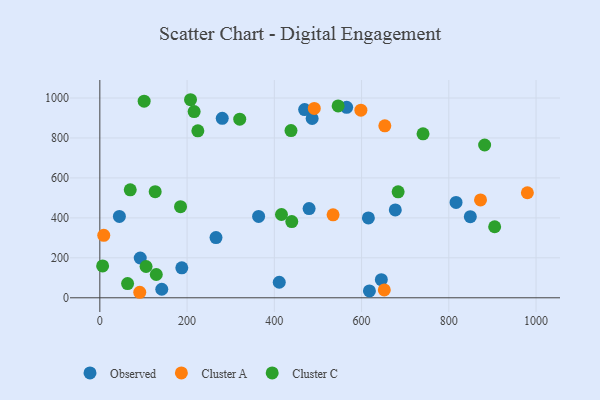
{"axis": {"x": "Experience", "y": "Profit"}, "legend": ["Cluster A", "Cluster C", "Observed"], "data": [{"x": "44.8", "y": 407.1, "type": "Observed"}, {"x": "645.3", "y": 90.5, "type": "Observed"}, {"x": "486.7", "y": 897.4, "type": "Observed"}, {"x": "469.5", "y": 942.2, "type": "Observed"}, {"x": "92.6", "y": 199.2, "type": "Observed"}, {"x": "266.3", "y": 301.3, "type": "Observed"}, {"x": "411.3", "y": 77.7, "type": "Observed"}, {"x": "565.8", "y": 953.4, "type": "Observed"}, {"x": "142.0", "y": 42.8, "type": "Observed"}, {"x": "479.7", "y": 446.5, "type": "Observed"}, {"x": "280.6", "y": 898.5, "type": "Observed"}, {"x": "849.3", "y": 406.1, "type": "Observed"}, {"x": "187.9", "y": 150.2, "type": "Observed"}, {"x": "816.6", "y": 477.2, "type": "Observed"}, {"x": "615.6", "y": 399.9, "type": "Observed"}, {"x": "677.3", "y": 439.6, "type": "Observed"}, {"x": "618.0", "y": 34.3, "type": "Observed"}, {"x": "364.0", "y": 407.4, "type": "Observed"}, {"x": "534.7", "y": 415.3, "type": "Cluster A"}, {"x": "980.1", "y": 525.7, "type": "Cluster A"}, {"x": "652.1", "y": 39.4, "type": "Cluster A"}, {"x": "598.4", "y": 939.0, "type": "Cluster A"}, {"x": "491.6", "y": 947.8, "type": "Cluster A"}, {"x": "91.5", "y": 27.6, "type": "Cluster A"}, {"x": "872.7", "y": 489.7, "type": "Cluster A"}, {"x": "9.0", "y": 312.7, "type": "Cluster A"}, {"x": "653.3", "y": 860.8, "type": "Cluster A"}, {"x": "216.2", "y": 932.3, "type": "Cluster C"}, {"x": "416.4", "y": 417.0, "type": "Cluster C"}, {"x": "905.1", "y": 355.6, "type": "Cluster C"}, {"x": "126.9", "y": 531.1, "type": "Cluster C"}, {"x": "101.6", "y": 983.9, "type": "Cluster C"}, {"x": "69.7", "y": 540.3, "type": "Cluster C"}, {"x": "129.4", "y": 116.5, "type": "Cluster C"}, {"x": "440.0", "y": 381.3, "type": "Cluster C"}, {"x": "185.0", "y": 456.2, "type": "Cluster C"}, {"x": "6.4", "y": 159.7, "type": "Cluster C"}, {"x": "320.7", "y": 894.0, "type": "Cluster C"}, {"x": "207.9", "y": 991.4, "type": "Cluster C"}, {"x": "546.3", "y": 960.4, "type": "Cluster C"}, {"x": "63.6", "y": 71.0, "type": "Cluster C"}, {"x": "438.2", "y": 836.9, "type": "Cluster C"}, {"x": "740.9", "y": 820.8, "type": "Cluster C"}, {"x": "224.7", "y": 835.9, "type": "Cluster C"}, {"x": "683.8", "y": 530.6, "type": "Cluster C"}, {"x": "882.1", "y": 764.7, "type": "Cluster C"}, {"x": "106.0", "y": 156.5, "type": "Cluster C"}]}